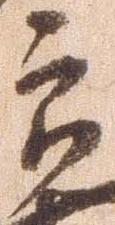
郎